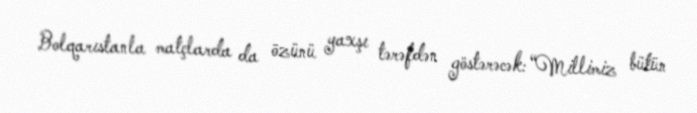
Bolqarıstanla matçlarda da özünü yaxşı tərəfdən göstərəcək: “Millimiz bütün